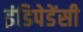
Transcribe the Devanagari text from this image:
इंडिपेडेंसी